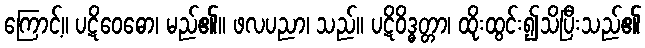
ကြောင့်။ ပဋိဝေဓော၊ မည်၏။ ဖလပညာ၊ သည်။ ပဋိဝိဒ္ဓတ္တာ၊ ထိုးထွင်း၍သိပြီးသည်၏